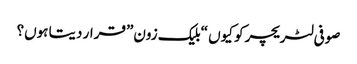
صوفی لٹریچر کو کیوں “بلیک زون” قرار دیتا ہوں؟